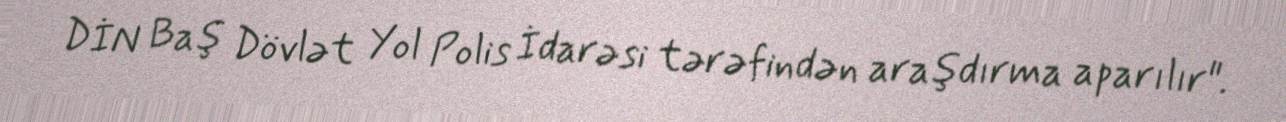
DİN Baş Dövlət Yol Polis İdarəsi tərəfindən araşdırma aparılır".